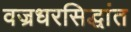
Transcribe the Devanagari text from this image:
वज्रधरसिद्धांत